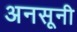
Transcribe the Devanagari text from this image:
अनसूनी